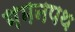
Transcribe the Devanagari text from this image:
गमनपथ